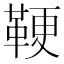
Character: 鞕